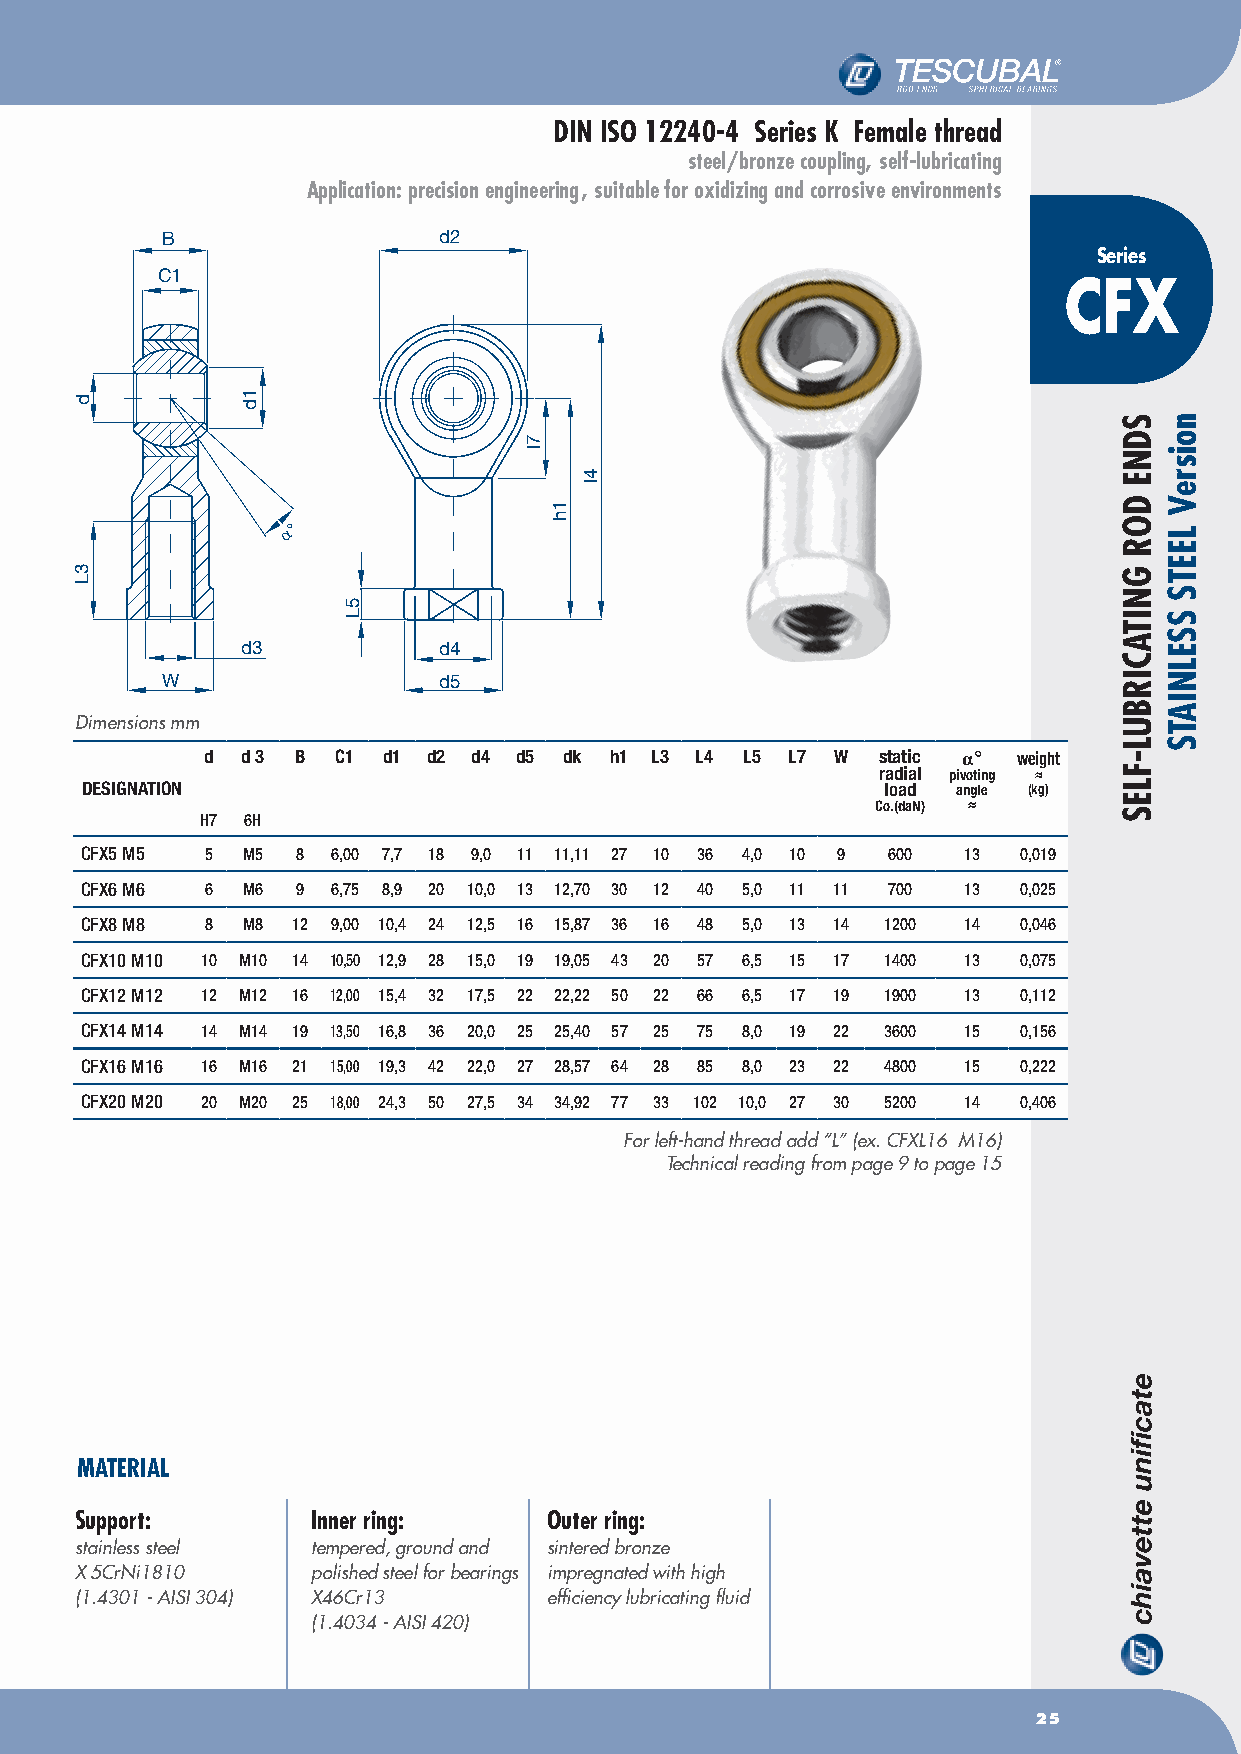
DIN ISO 12240-4 Series K Female thread
 steel/bronze coupling, self-lubricating
 Application: precision engineering , suitable for oxidizing and corrosive environments
 B                 d2
 Series
 C1
 CFX
 α°
 d3           d4
 W                 d5
 Dimensions mm
 d d 3 B C1 d1 d2 d4 d5 dk h1 L3 L4 L5 L7 W  static α° weight
 radial pivoting ≈
 DESIGNATION                                           load angle (kg)
 Co.(daN) ≈
 H7 6H
 CFX5 M5  5 M5  8 6,00 7,7 18 9,0 11 11,11 27 10 36 4,0 10 9 600 13 0,019
 CFX6 M6  6 M6  9 6,75 8,9 20 10,0 13 12,70 30 12 40 5,0 11 11 700 13 0,025
 CFX8 M8  8 M8 12 9,00 10,4 24 12,5 16 15,87 36 16 48 5,0 13 14 1200 14 0,046
 CFX10 M10 10 M10 14 10,50 12,9 28 15,0 19 19,05 43 20 57 6,5 15 17 1400 13 0,075
 CFX12 M12 12 M12 16 12,00 15,4 32 17,5 22 22,22 50 22 66 6,5 17 19 1900 13 0,112
 CFX14 M14 14 M14 19 13,50 16,8 36 20,0 25 25,40 57 25 75 8,0 19 22 3600 15 0,156
 CFX16 M16 16 M16 21 15,00 19,3 42 22,0 27 28,57 64 28 85 8,0 23 22 4800 15 0,222
 CFX20 M20 20 M20 25 18,00 24,3 50 27,5 34 34,92 77 33 102 10,0 27 30 5200 14 0,406
 For left-hand thread add “L” (ex. CFXL16 M16)
 Technical reading from page 9 to page 15
 MATERIAL
 Support:        Inner ring:    Outer ring:
 stainless steel tempered, ground and sintered bronze
 X 5CrNi1810     polished steel for bearings impregnated with high
 (1.4301 - AISI 304) X46Cr13    efficiency lubricating fluid
 (1.4034 - AISI 420)
 25
 d
 3L
 1d
 5L
 7l
 1h
 4l
 SDNE
 DOR
 GNITACIRBUL-FLES
 noisreV
 LEETS
 SSELNIATS